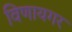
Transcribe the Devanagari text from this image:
विणायगर